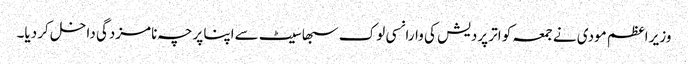
وزیر اعظم مودی نے جمعہ کو اتر پردیش کی وارانسی لوک سبھا سیٹ سےاپنا پرچہ نامزدگی داخل کر دیا۔